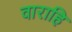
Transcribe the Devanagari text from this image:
वाराहि